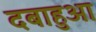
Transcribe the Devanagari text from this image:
दबाहुआ